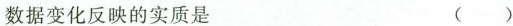
数据变化反映的实质是 ( )